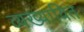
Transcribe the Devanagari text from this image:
व्यख्यायित